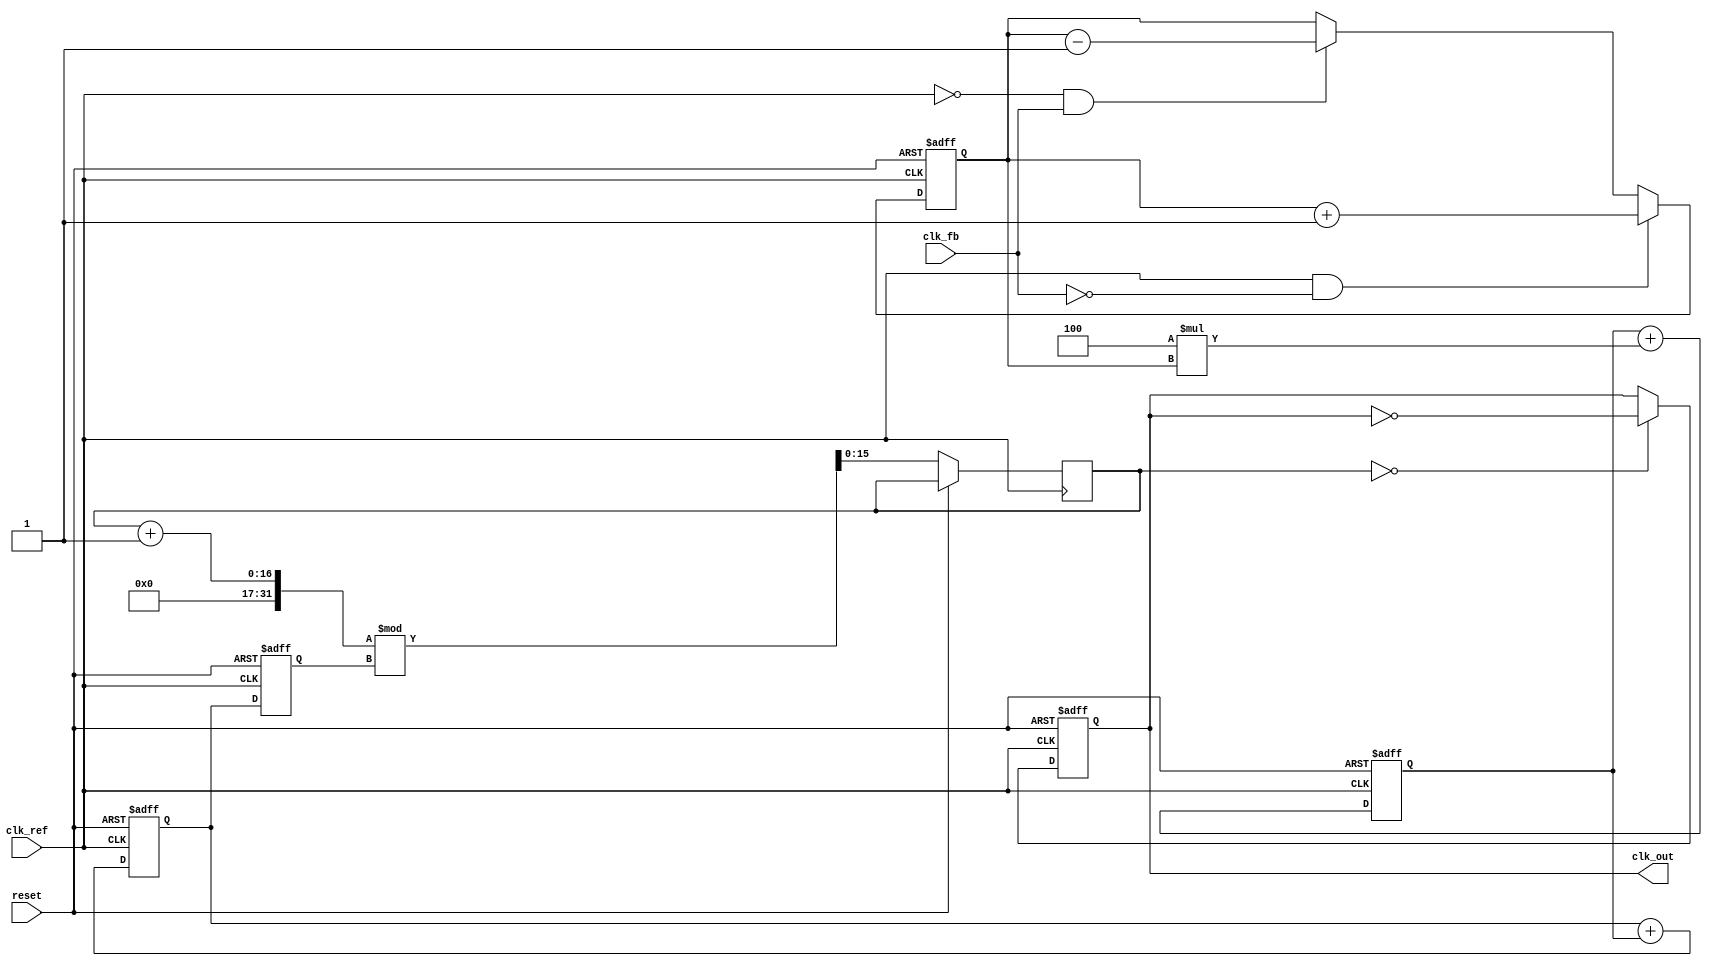
module MemoryBlocksPLL (
    input wire clk_ref,         // Reference clock
    input wire clk_fb,          // Feedback clock
    input wire reset,           // Reset signal
    output reg clk_out          // Output clock
);

    // Parameters for the loop filter
    parameter Kp = 8;           // Proportional gain
    parameter Ki = 4;           // Integral gain
    parameter MEM_SIZE = 16;    // Size of memory blocks for phase data

    // Phase Detector (PD)
    reg [15:0] phase_error;     // Phase error signal
    reg [15:0] phase_memory[0:MEM_SIZE-1]; // Memory blocks for phase data
    integer mem_index;

    // Loop Filter (LF)
    reg [15:0] control_voltage;  // Control voltage for VCO
    reg [15:0] integral;         // Integral part of the loop filter

    // Voltage-Controlled Oscillator (VCO)
    reg [15:0] vco_freq;         // VCO frequency
    reg [15:0] vco_counter;      // Counter for generating output clock

    // Control Logic
    always @(posedge clk_ref or posedge reset) begin
        if (reset) begin
            phase_error <= 16'b0;
            control_voltage <= 16'b0;
            integral <= 16'b0;
            vco_freq <= 16'd100; // Initial VCO frequency
            mem_index <= 0;
            clk_out <= 0;
        end else begin
            // Phase Detector
            if (clk_ref && !clk_fb) begin
                phase_error <= phase_error + 1; // Increment phase error
            end else if (!clk_ref && clk_fb) begin
                phase_error <= phase_error - 1; // Decrement phase error
            end

            // Store phase error in memory
            phase_memory[mem_index] <= phase_error;
            mem_index <= (mem_index + 1) % MEM_SIZE; // Circular buffer

            // Loop Filter (PI Controller)
            control_voltage <= control_voltage + (Kp * phase_error);
            integral <= integral + (Ki * phase_error);
            control_voltage <= control_voltage + integral;

            // Update VCO frequency based on control voltage
            vco_freq <= control_voltage;

            // VCO: Generate output clock based on VCO frequency
            vco_counter <= (vco_counter + 1) % vco_freq;
            if (vco_counter == 0) begin
                clk_out <= ~clk_out; // Toggle output clock
            end
        end
    end

endmodule